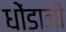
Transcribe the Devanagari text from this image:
धोंडाजी